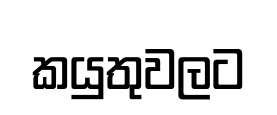
කයුතුවලට